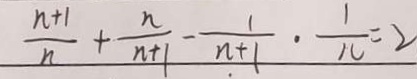
\frac { n + 1 } { n } + \frac { n } { n + 1 } - \frac { 1 } { n + 1 } \cdot \frac { 1 } { 1 0 } = 2